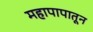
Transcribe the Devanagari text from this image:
महापापातून